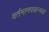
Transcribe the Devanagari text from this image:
वर्तमानपत्रान्च्या